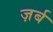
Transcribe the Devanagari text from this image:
ज़र्ब